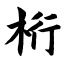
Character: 桁